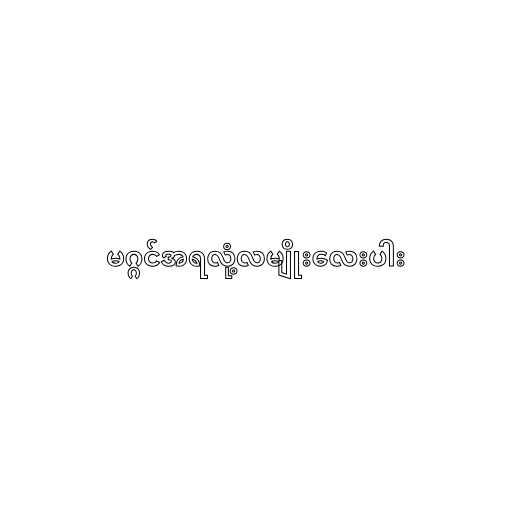
မဂ္ဂင်အရလုံ့လမျိုးလေးပါး